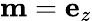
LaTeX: \mathbf{m}=\mathbf{e}_{z}